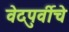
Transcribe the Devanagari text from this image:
वेदपुर्वीचे